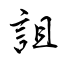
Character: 詛